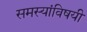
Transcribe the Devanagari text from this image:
समस्यांविषयी